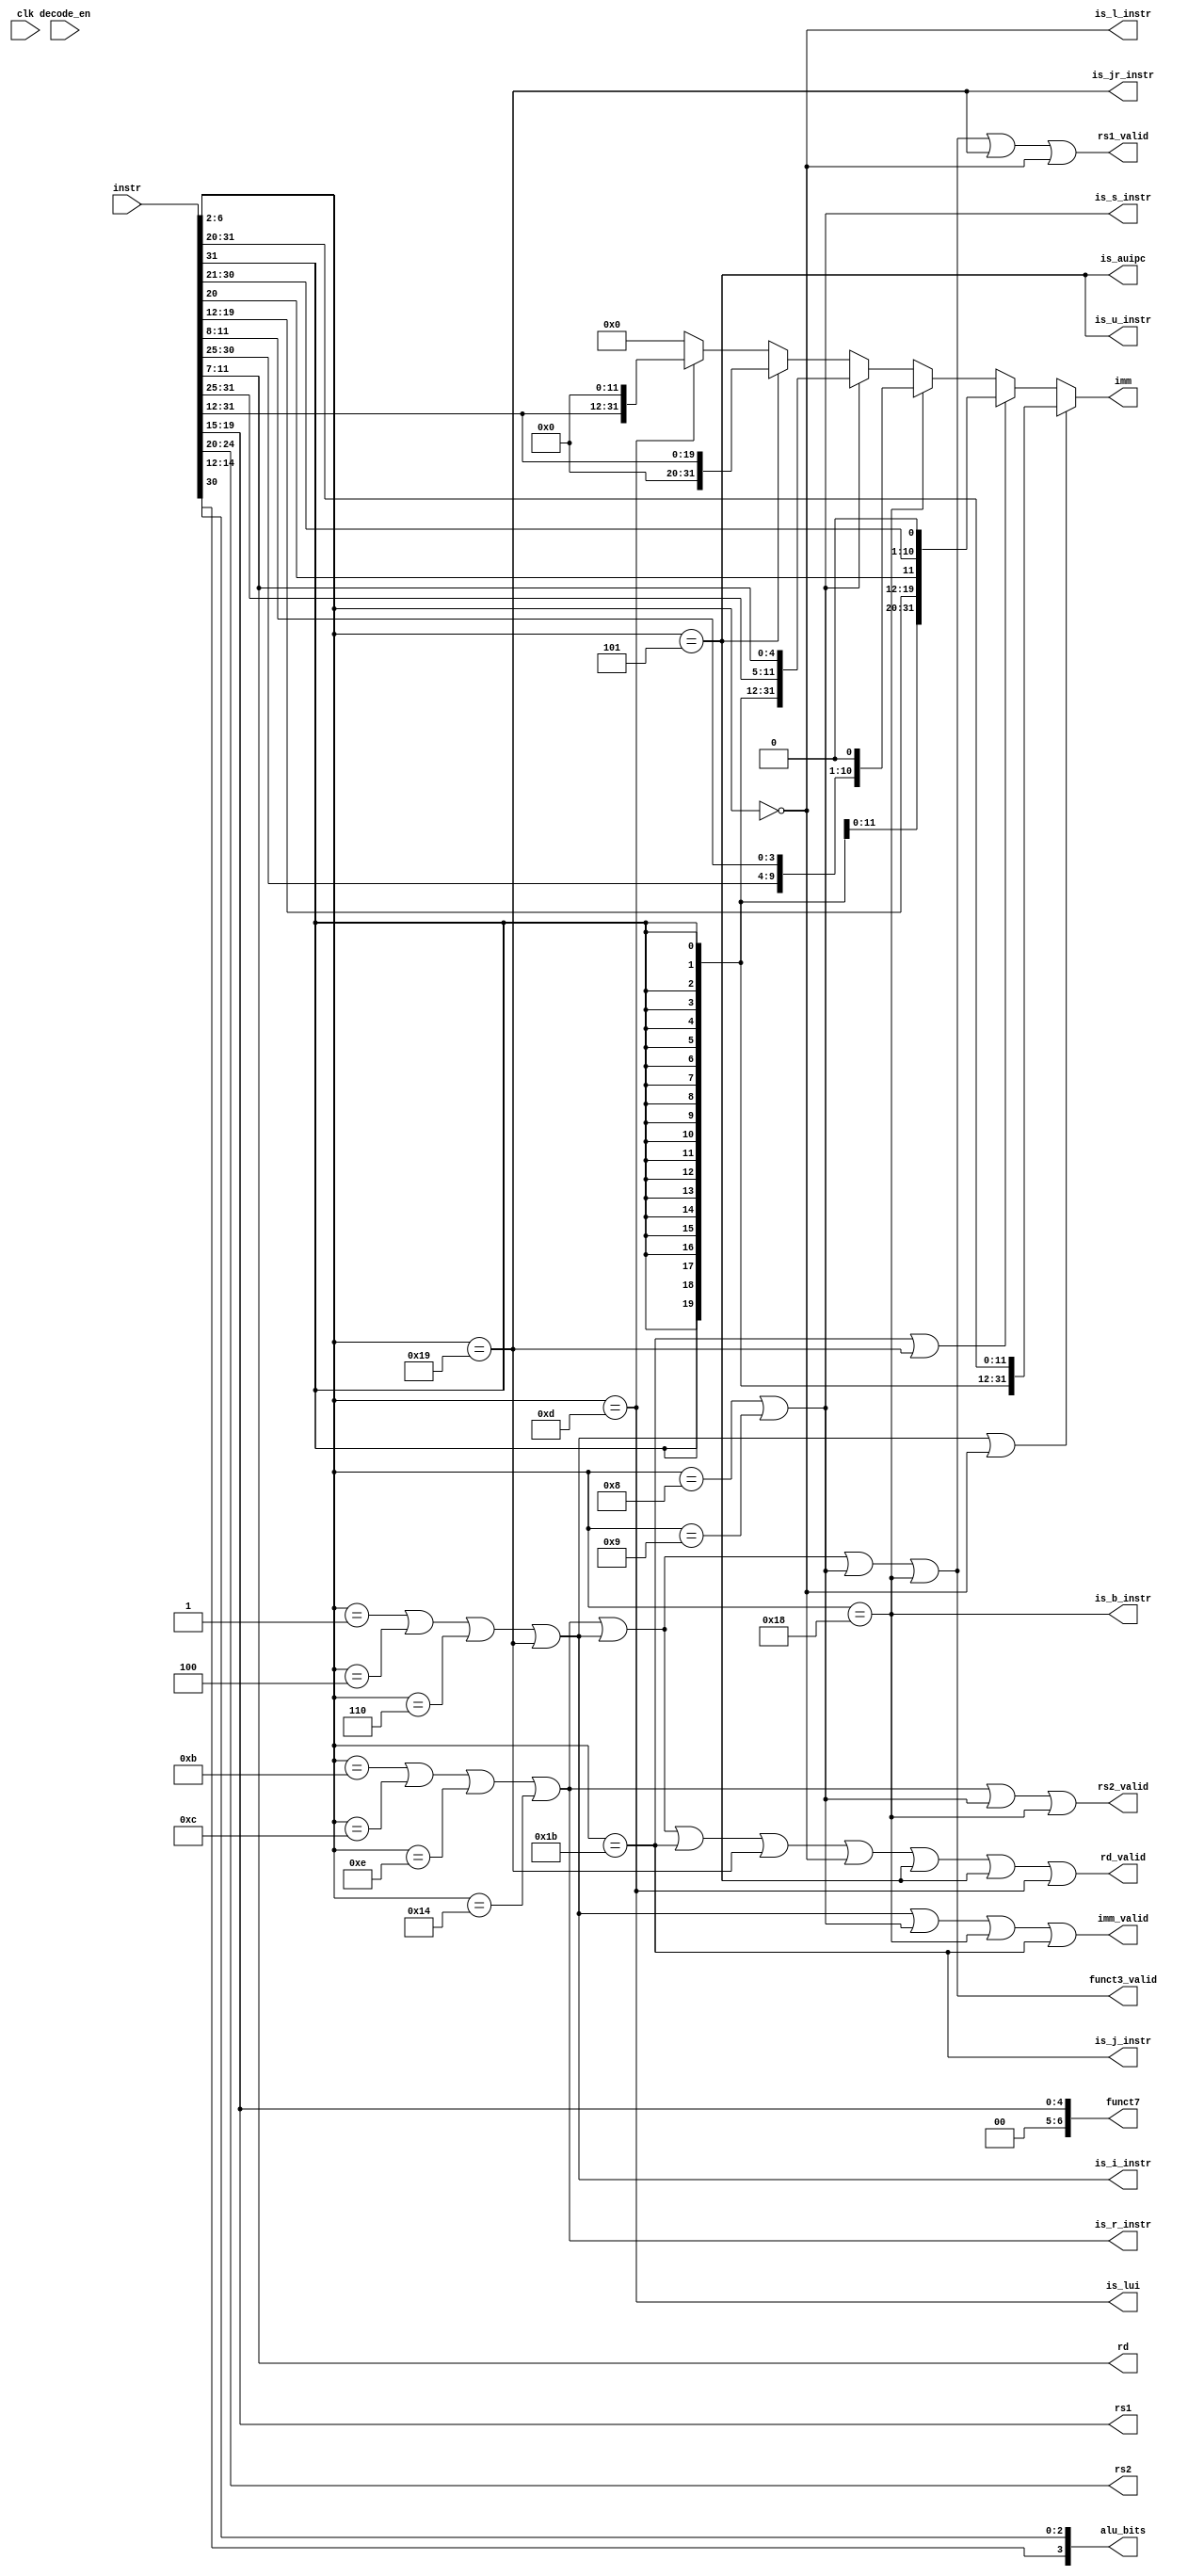
module decoder(
input clk,
input decode_en,
input [31:0]instr,
output reg is_i_instr,
output reg is_j_instr,
output reg is_jr_instr,
output reg is_b_instr,
output reg is_s_instr,
output reg is_r_instr,
output reg is_l_instr,
output reg is_u_instr,
output reg is_lui,
output reg is_auipc,
output reg [4:0]rs1,
output reg [4:0]rs2,
output reg [31:0]imm,
output reg rs1_valid,
output reg rs2_valid,
output reg imm_valid,
output reg rd_valid,
output reg funct3_valid,
output reg [3:0] alu_bits,
output reg [6:0] funct7,
output reg [4:0] rd
);

wire [4:0] opcode;
assign opcode = instr[6:2];

wire [31:0] imm_i = {{21{instr[31]}}, instr[30:20]};
wire [31:0] imm_s = {{21{instr[31]}}, instr[30:25], instr[11:7]};
wire [31:0] imm_b = {{20{instr[31]}}, instr[7], instr[30:25], instr[11:8], {1'b0}};
wire [31:0] imm_u = { {12'b0}, instr[31:12]};
wire [31:0] imm_j = {{12{instr[31]}}, instr[19:12], instr[20], instr[30:21], {1'b0}};
wire [31:0] imm_auipc = {instr[31:12], {12'b0}};
wire [31:0] imm_lui = {instr[31:12], {12'b0}};


always @(*)
begin
	rs1 = instr[19:15];
	rs2 = instr[24:20];
	rd = instr[11:7];
	alu_bits = {instr[30], instr[14:12]};
	funct7 = instr[19:15];
	
	
	// Determining Type of Instruction 
	is_i_instr = ((opcode == 5'b00001) || (opcode == 5'b00100)|| (opcode == 5'b00110)|| (opcode == 5'b11001) );
	is_u_instr = ((opcode == 5'b00101));
	is_r_instr = ((opcode == 5'b01011) || (opcode == 5'b01100)|| (opcode == 5'b01110)|| (opcode == 5'b10100));
	is_b_instr = ((opcode == 5'b11000));
	is_j_instr = ((opcode == 5'b11011));
	is_jr_instr = ((opcode == 5'b11001));
	is_s_instr = ((opcode == 5'b01000) || (opcode == 5'b01001));
	is_l_instr = ((opcode == 5'b00000));
	is_lui = ((opcode == 5'b01101));
	is_auipc = ((opcode == 5'b00101));
	
	// Determine if SRC1, SRC2, IMM, RD is valid or not.
	rs1_valid = is_r_instr || is_i_instr || is_s_instr || is_b_instr || is_jr_instr || is_l_instr;
	rs2_valid = is_r_instr || is_s_instr || is_b_instr;
	imm_valid = is_i_instr || is_s_instr || is_b_instr || is_j_instr;
	rd_valid = is_r_instr || is_i_instr || is_j_instr || is_jr_instr || is_l_instr || is_auipc || is_u_instr || is_lui;
	funct3_valid = is_r_instr || is_i_instr || is_s_instr || is_b_instr;


	// Immediate Forming
	imm = 	(is_i_instr | is_l_instr) ? imm_i :
	     	(is_j_instr | is_jr_instr) ? imm_j :
		is_b_instr ? imm_b :
		is_s_instr ? imm_s :
		is_u_instr ? imm_u :
		is_auipc ? imm_auipc:
		is_lui ? imm_lui:
			  32'b0;	

end

endmodule